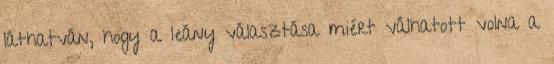
láthatván, hogy a leány választása miért válhatott volna a